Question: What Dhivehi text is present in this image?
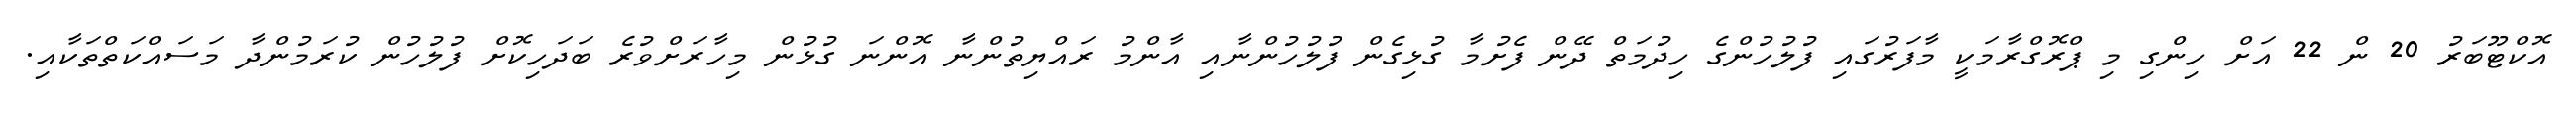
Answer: އޮކްޓޫބަރު 20 ން 22 އަށް ހިންގި މި ޕްރޮގްރާމަކީ މާފަރުގައި ފުލުހުންގެ ހިދުމަތް ދޭން ފެށުމާ ގުޅިގެން ފުލުހުންނާއި އާންމު ރައްޔިތުންނާ އޮންނަ ގުޅުން މިހާރަށްވުރެ ބަދަހިކޮށް ފުލުހުން ކުރަމުންދާ މަސައްކަތްތަކާއި.